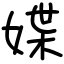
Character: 媟